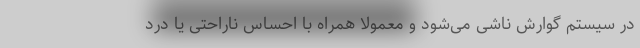
در سیستم گوارش ناشی می‌شود و معمولاً همراه با احساس ناراحتی یا درد